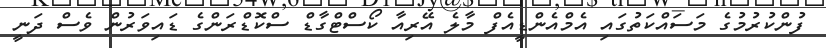
ފުންކުރުމުގެ މަސައްކަތުގައި އެމްއެންޑީއެފް މާލެ އޭރިއާ ކޯސްޓްގާޑް ސްކޮޑްރަންގެ ޑައިވަރުން ވެސް ދަނީ